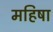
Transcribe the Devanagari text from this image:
महिषा